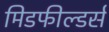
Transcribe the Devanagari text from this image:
मिडफील्‍डर्स